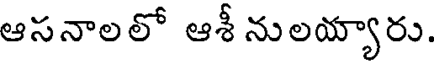
ఆసనాలలో ఆశీ నులయ్యారు.